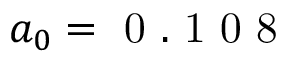
a _ { 0 } = \mathrm { ~ 0 ~ . ~ 1 ~ 0 ~ 8 ~ }